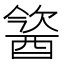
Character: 𨡢